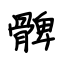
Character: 髀